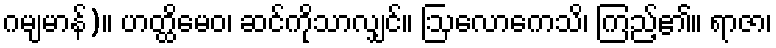
ဂမျမာန်)။ ဟတ္ထိမေဝ၊ ဆင်ကိုသာလျှင်။ ဩလောကေသိ၊ ကြည့်၏။ ရာဇာ၊